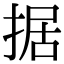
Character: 据